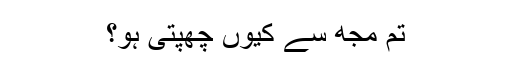
تم مجھ سے کیوں چھپتی ہو؟